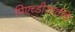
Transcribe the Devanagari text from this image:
पिएच्डीसाठीचे